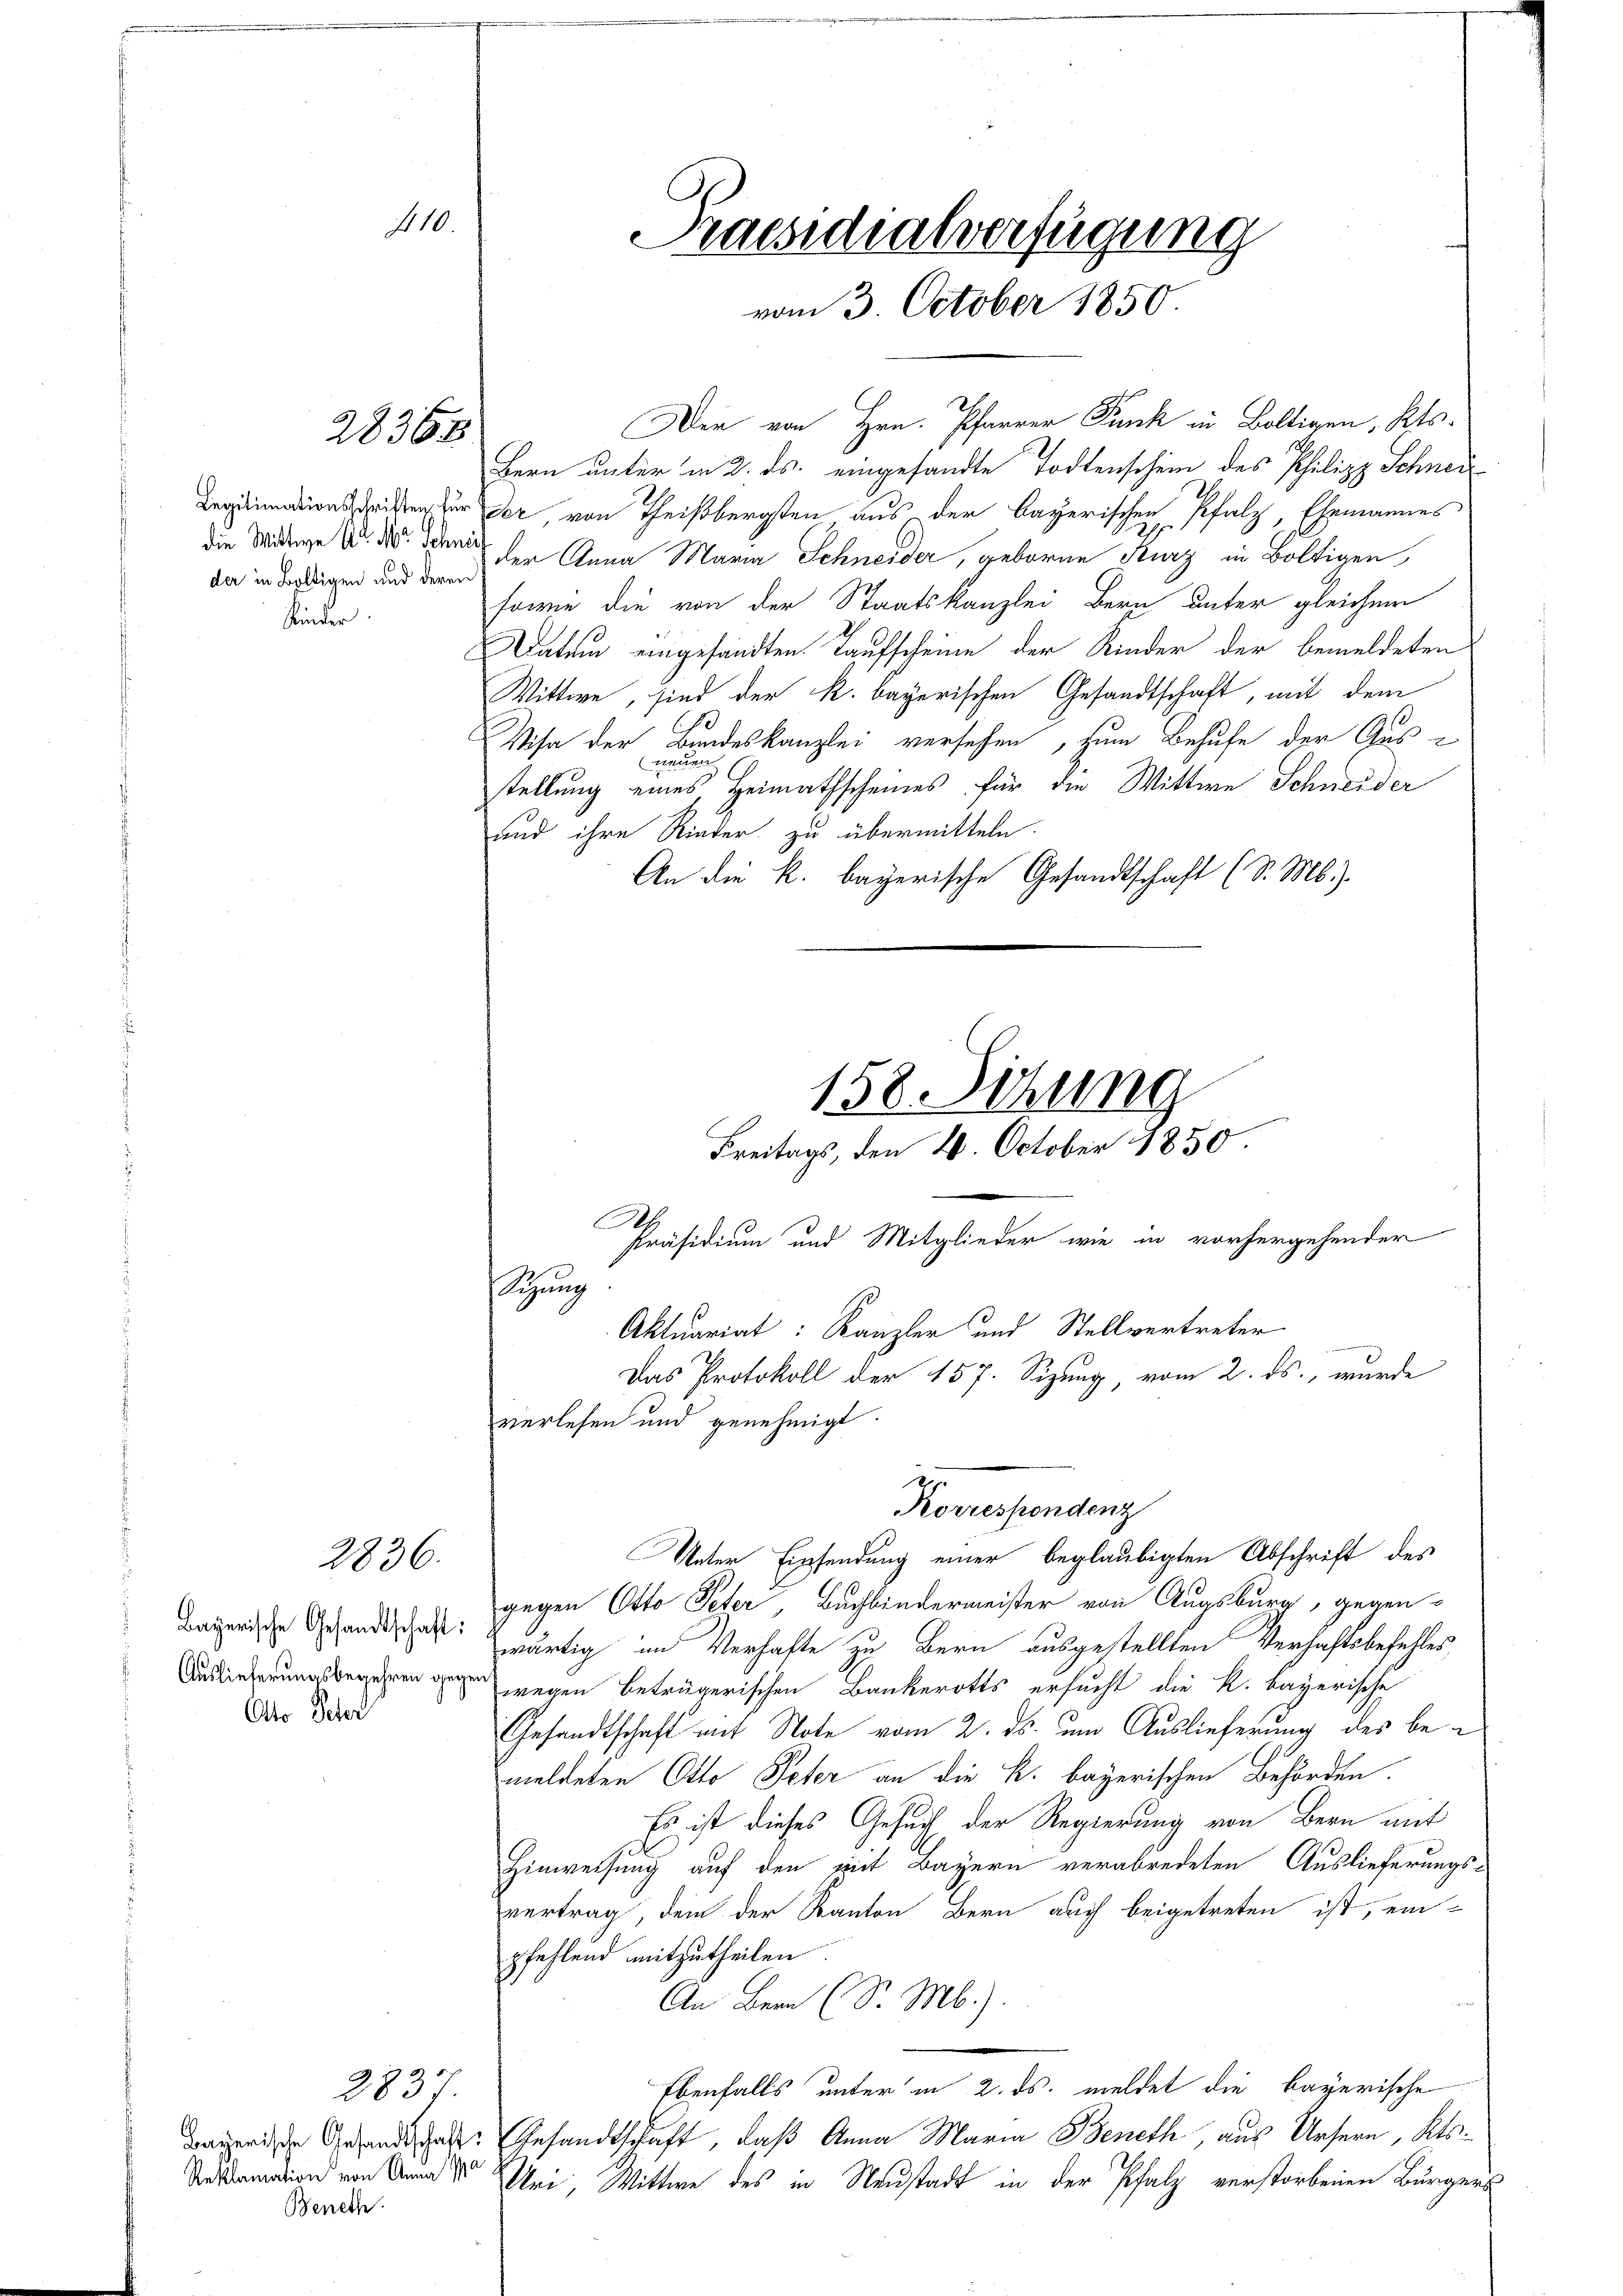
10.

28368

2836.

2837.

der in Boltigen und deren
Kinder

Bayerische Gesandtschaft:
Auslieferungsbegehren gege
Oder Scher

Beneh

Der von Hrn. Pfarrer Punk in Boltigen, Kts.
Bern unter in 2. ds. eingesandte Todtenschein des Philipp Schnei¬
Legitimationsisten zur der, von Theißbergsten aus der bayerischen Pfalz, Ehemannes
die Wittwe d. d. den der Anna Maria Schneider, geboren Kurz in Boltigen
sowie die von der Staatskanzlei Bern unter gleichem
Datum eingesandten Taufscheine der Kinder der bemeldeten
Wittwe, sind der k. bayerischen Gesandtschaft, mit dem
Wisa der Bundeskanzlei versehen, zum Behufe der Gus-

stellung eines, Heimathscheines für die Wittwe Schneider
und ihre Rieder zu übermitteln.
An die k. bayerische Gesandtschaft (S. M.)

A.
Sitzung
verlesen und genehmigt.
2
Norrespondenz

Praesidialverfügung
vom 3. October 1850.

158. Sitzung
Freitags, den 20. October 1850.
Präsidium und Mitglieder wie in vorhergehender
Aktuariat: Kanzler und Stellvertreter
e
Das Protokoll der 157. Sizung, vom 2. ds., wurde

Unter Einsendung einer beglaubigten Abschrift des
gegen Otto Peter, Buchbindermeister von Augsburg, gegen-
wärtig im Verhafte zu Bern ausgestellten Verhaftsbefehles,
wegen beträgerischen Bankerotts ersucht die k. bayerische
Gesandtschaft mit Note vom 2. ds. um Auslieferung des bemeldeten Otto Peter an die k. bayerischen Behörden.
Es ist dieses Gesuch der Regierung von Bern mit
Hinweisung auf den mit Bayern verabredeten Auslieferungsvertrag, dem der Kanton Bern auch beigetreten ist, ein-
pfehlend mitzutheilen
An Bern (S. M.).
Ebenfalls unter in 2. ds. meldet die bayerische
dgerie Gesandtschaft. Gesandtschaft, daß Anna Maria Beneth, aus Ursern, Kts.
Semation von Anna der Uri, Wittwe des in Neustadt in der Pfalz verstorbenen Bürgers